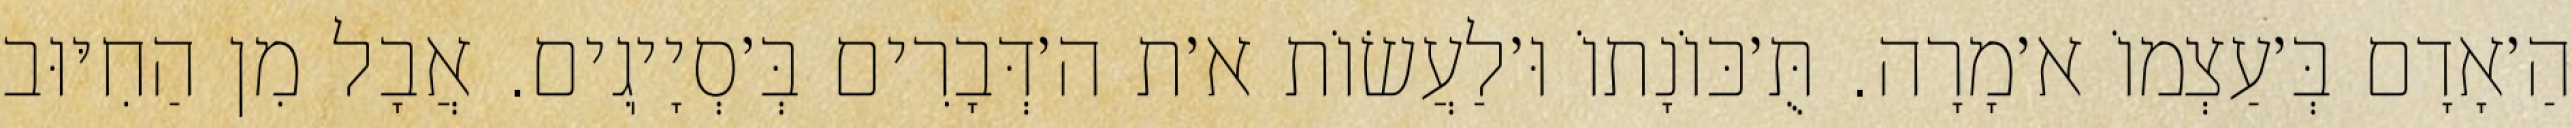
הַ׳אָדָם בְּ׳עַצְמוֹ א׳מָרָה. תֻּ׳כּוֹנָתוֹ וּ׳לַעֲשׂוֹת א׳ת ה׳דְּבָרִים בְּ׳סְיָיֽגִים. אֲבָל מִן הַחִיּוּב